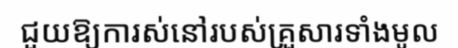
ជួយឱ្យការស់នៅរបស់គ្រួសារទាំងមូល